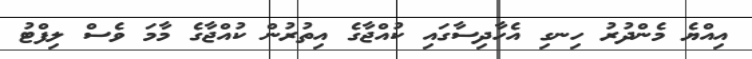
އިއްޔެ މެންދުރު ހިނގި އެހާދިސާގައި ކުއްޖާގެ އިތުރުން ކުއްޖާގެ މާމަ ވެސް ލިފްޓު